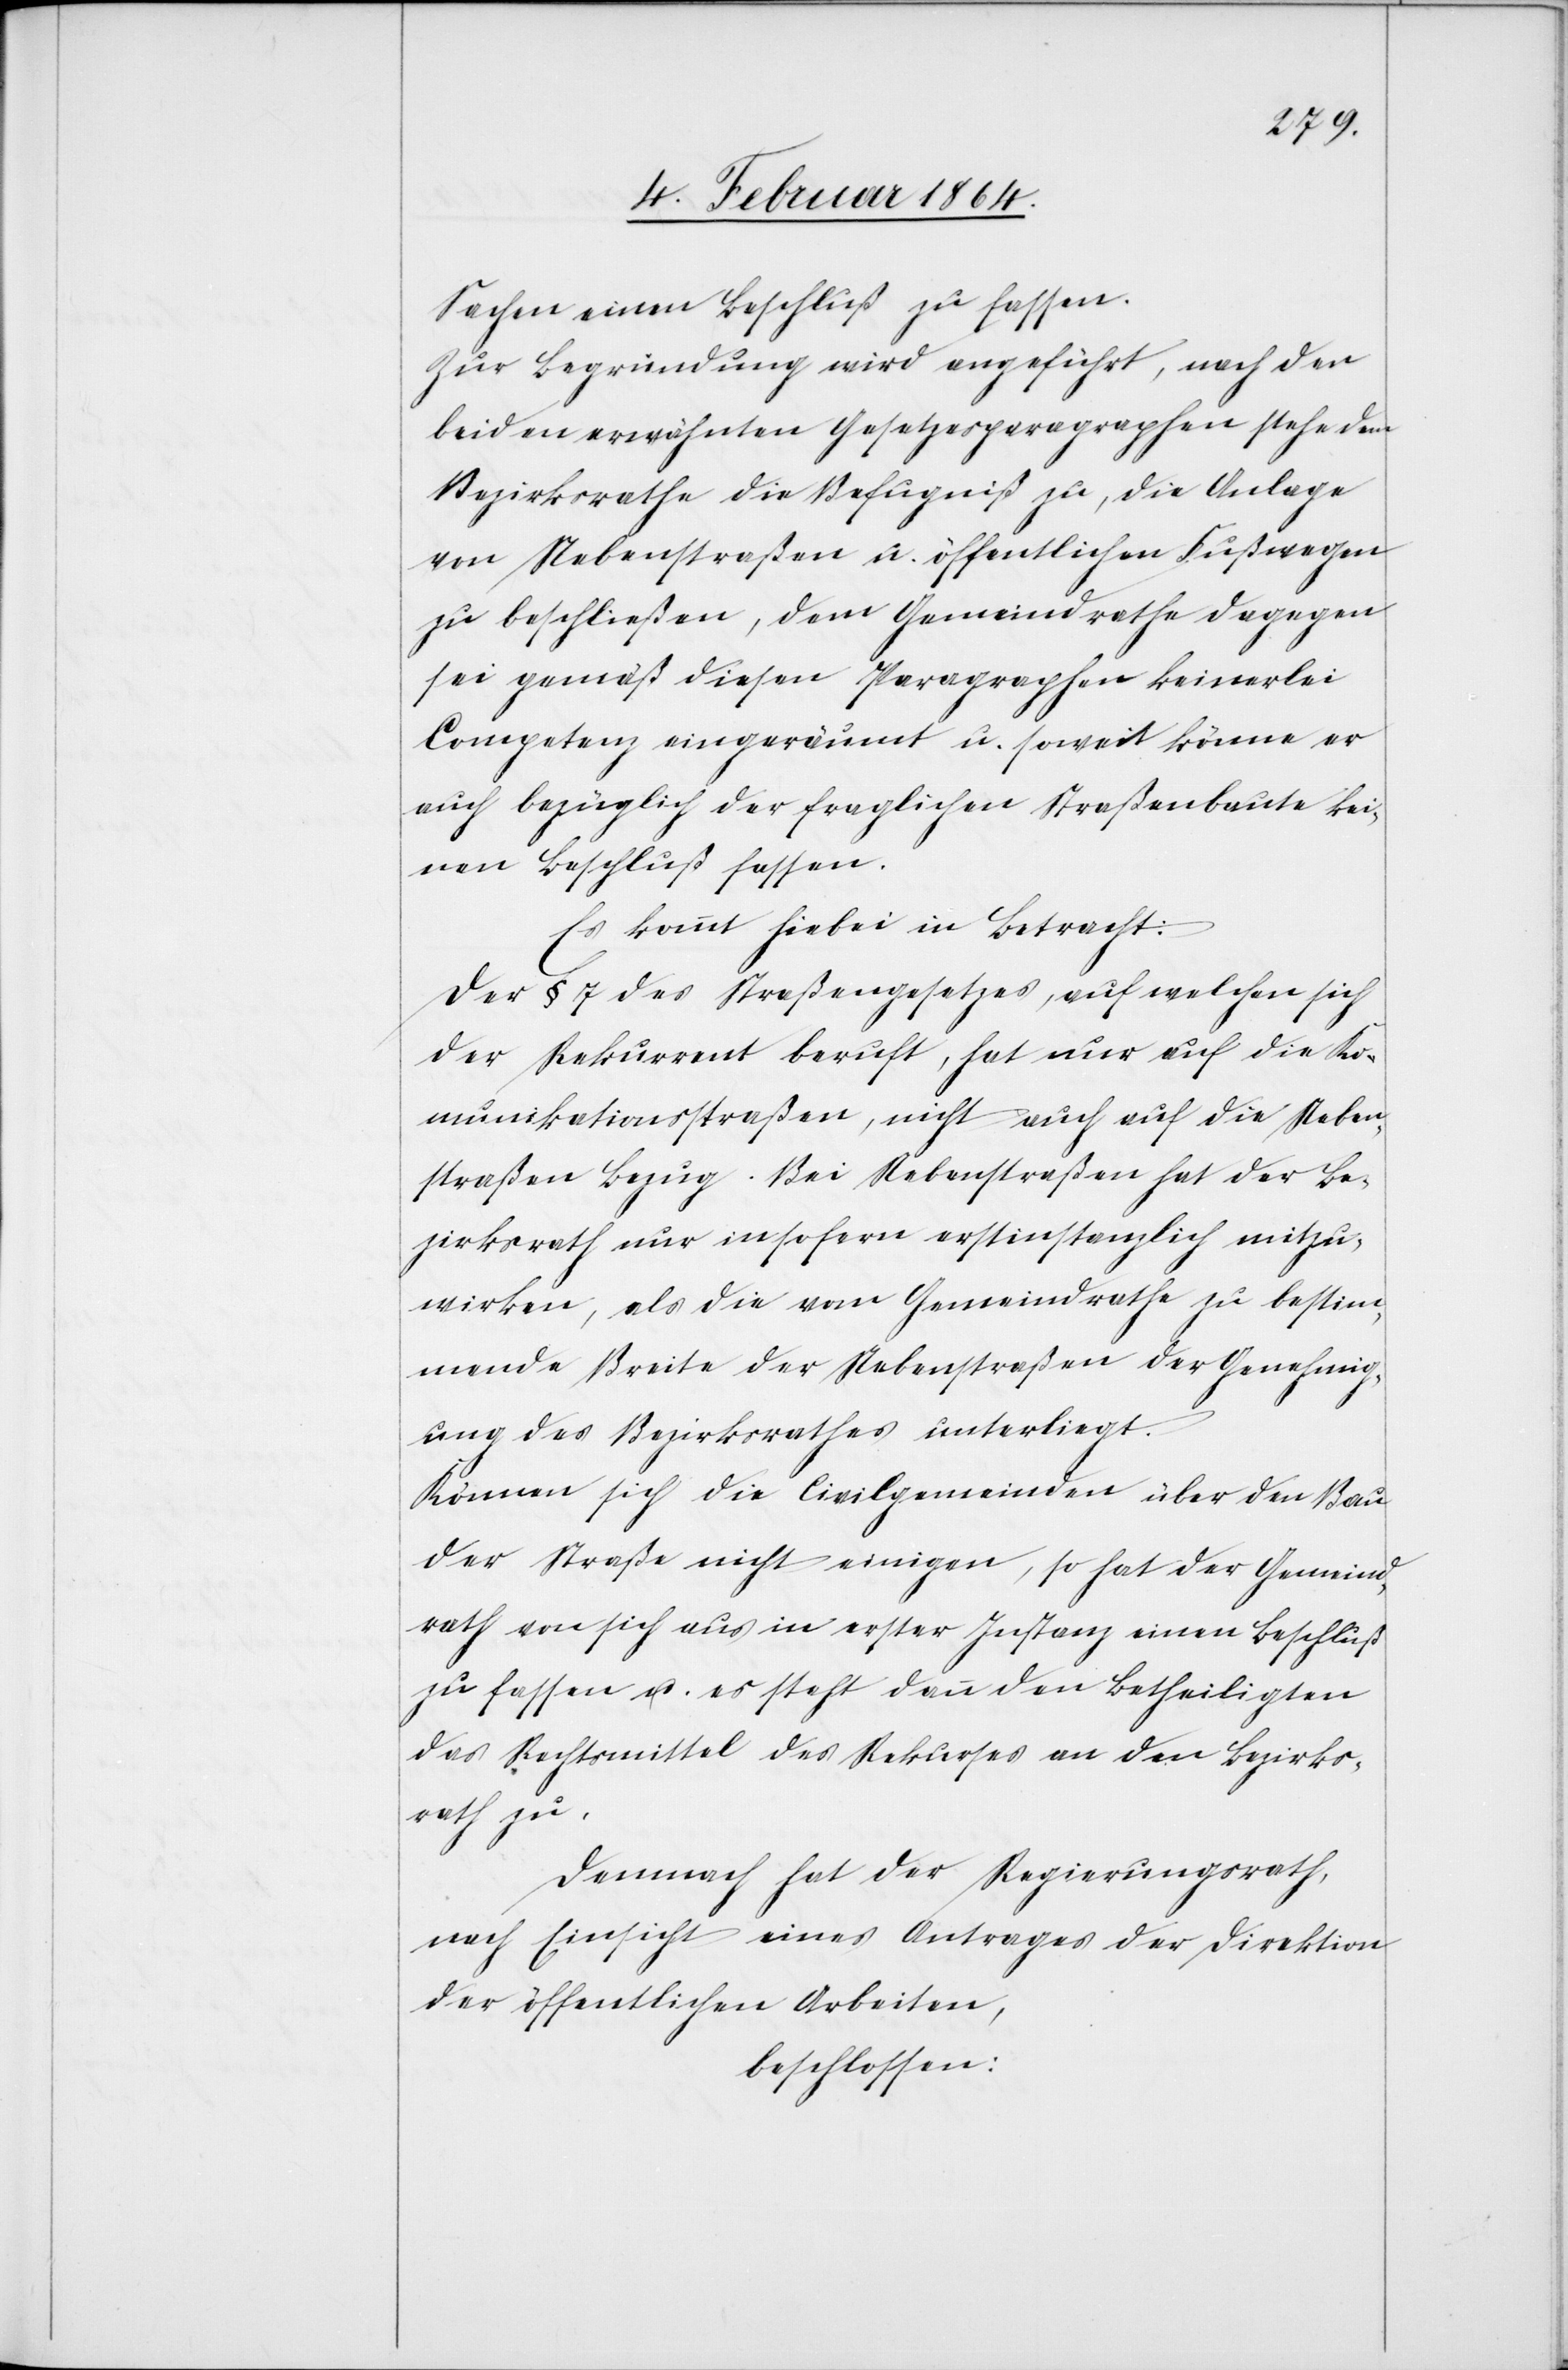
Sachen einen Beschluß zu fassen.
Zur Begründung wird angeführt, nach den
beiden erwähnten Gesetzesparagraphen stehe dem
Bezirksrathe die Befügniß zu, die Anlage
von Nebenstraßen u. öffentlichen Fußwegen
zu beschließen, dem Gemeindrathe dagegen
sei gemäß diesen Paragraphen keinerlei
Competenz eingeräumt u. soweit könne er
auch bezüglich der fraglichen Straßenbaute kei¬
nen Beschluß fassen.
Es kommt hiebei in Betracht:
Der § 7 des Straßengesetzes, auf welchen sich
der Rekurrent beruft, hat nur auf die Ko¬
mmunikationsstraßen, nicht auch auf die Neben¬
straßen Bezug. Bei Nebenstraßen hat der Be¬
zirksrath nur insofern erstinstanzlich mitzu¬
wirken, als die vom Gemeindrathe zu bestim¬
mende Breite der Nebenstraßen der Genehmig¬
ung des Bezirksrathes unterliegt.
Können sich die Civilgemeinden über den Bau
der Straße nicht einigen, so hat der Gemeind¬
rath von sich aus in erster Instanz einen Beschluß
zu fassen u. es steht dann den Betheiligten
das Rechtsmittel des Rekurses an den Bezirks¬
rath zu.
Demnach hat der Regierungsrath,
nach Einsicht eines Antrages der Direktion
der öffentlichen Arbeiten,
beschlossen: